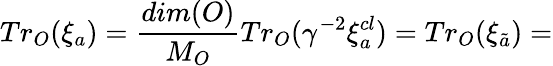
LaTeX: Tr_{O}(\xi_{a})=\frac{dim(O)}{M_{O}}Tr_{O}(\gamma^{-2}\xi_{a}^{cl})=Tr_{O}(\xi_{\tilde{a}})=